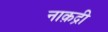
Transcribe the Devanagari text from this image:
नाक़द्री